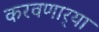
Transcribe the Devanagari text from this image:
करवणार्‍या